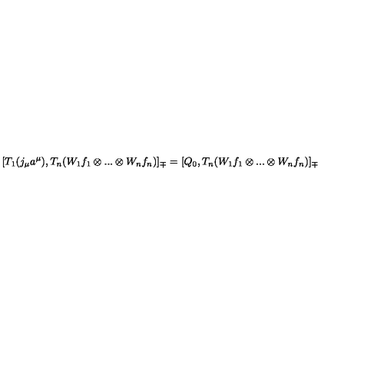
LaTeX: [ T _ { 1 } ( j _ { \mu } a ^ { \mu } ) , T _ { n } ( W _ { 1 } f _ { 1 } \otimes . . . \otimes W _ { n } f _ { n } ) ] _ { \mp } = [ Q _ { 0 } , T _ { n } ( W _ { 1 } f _ { 1 } \otimes . . . \otimes W _ { n } f _ { n } ) ] _ { \mp }